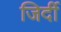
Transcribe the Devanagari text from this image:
जिर्दी